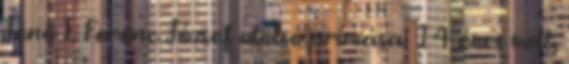
Jenő I. Ferenc József utolsó prímása. 14 éves volt,